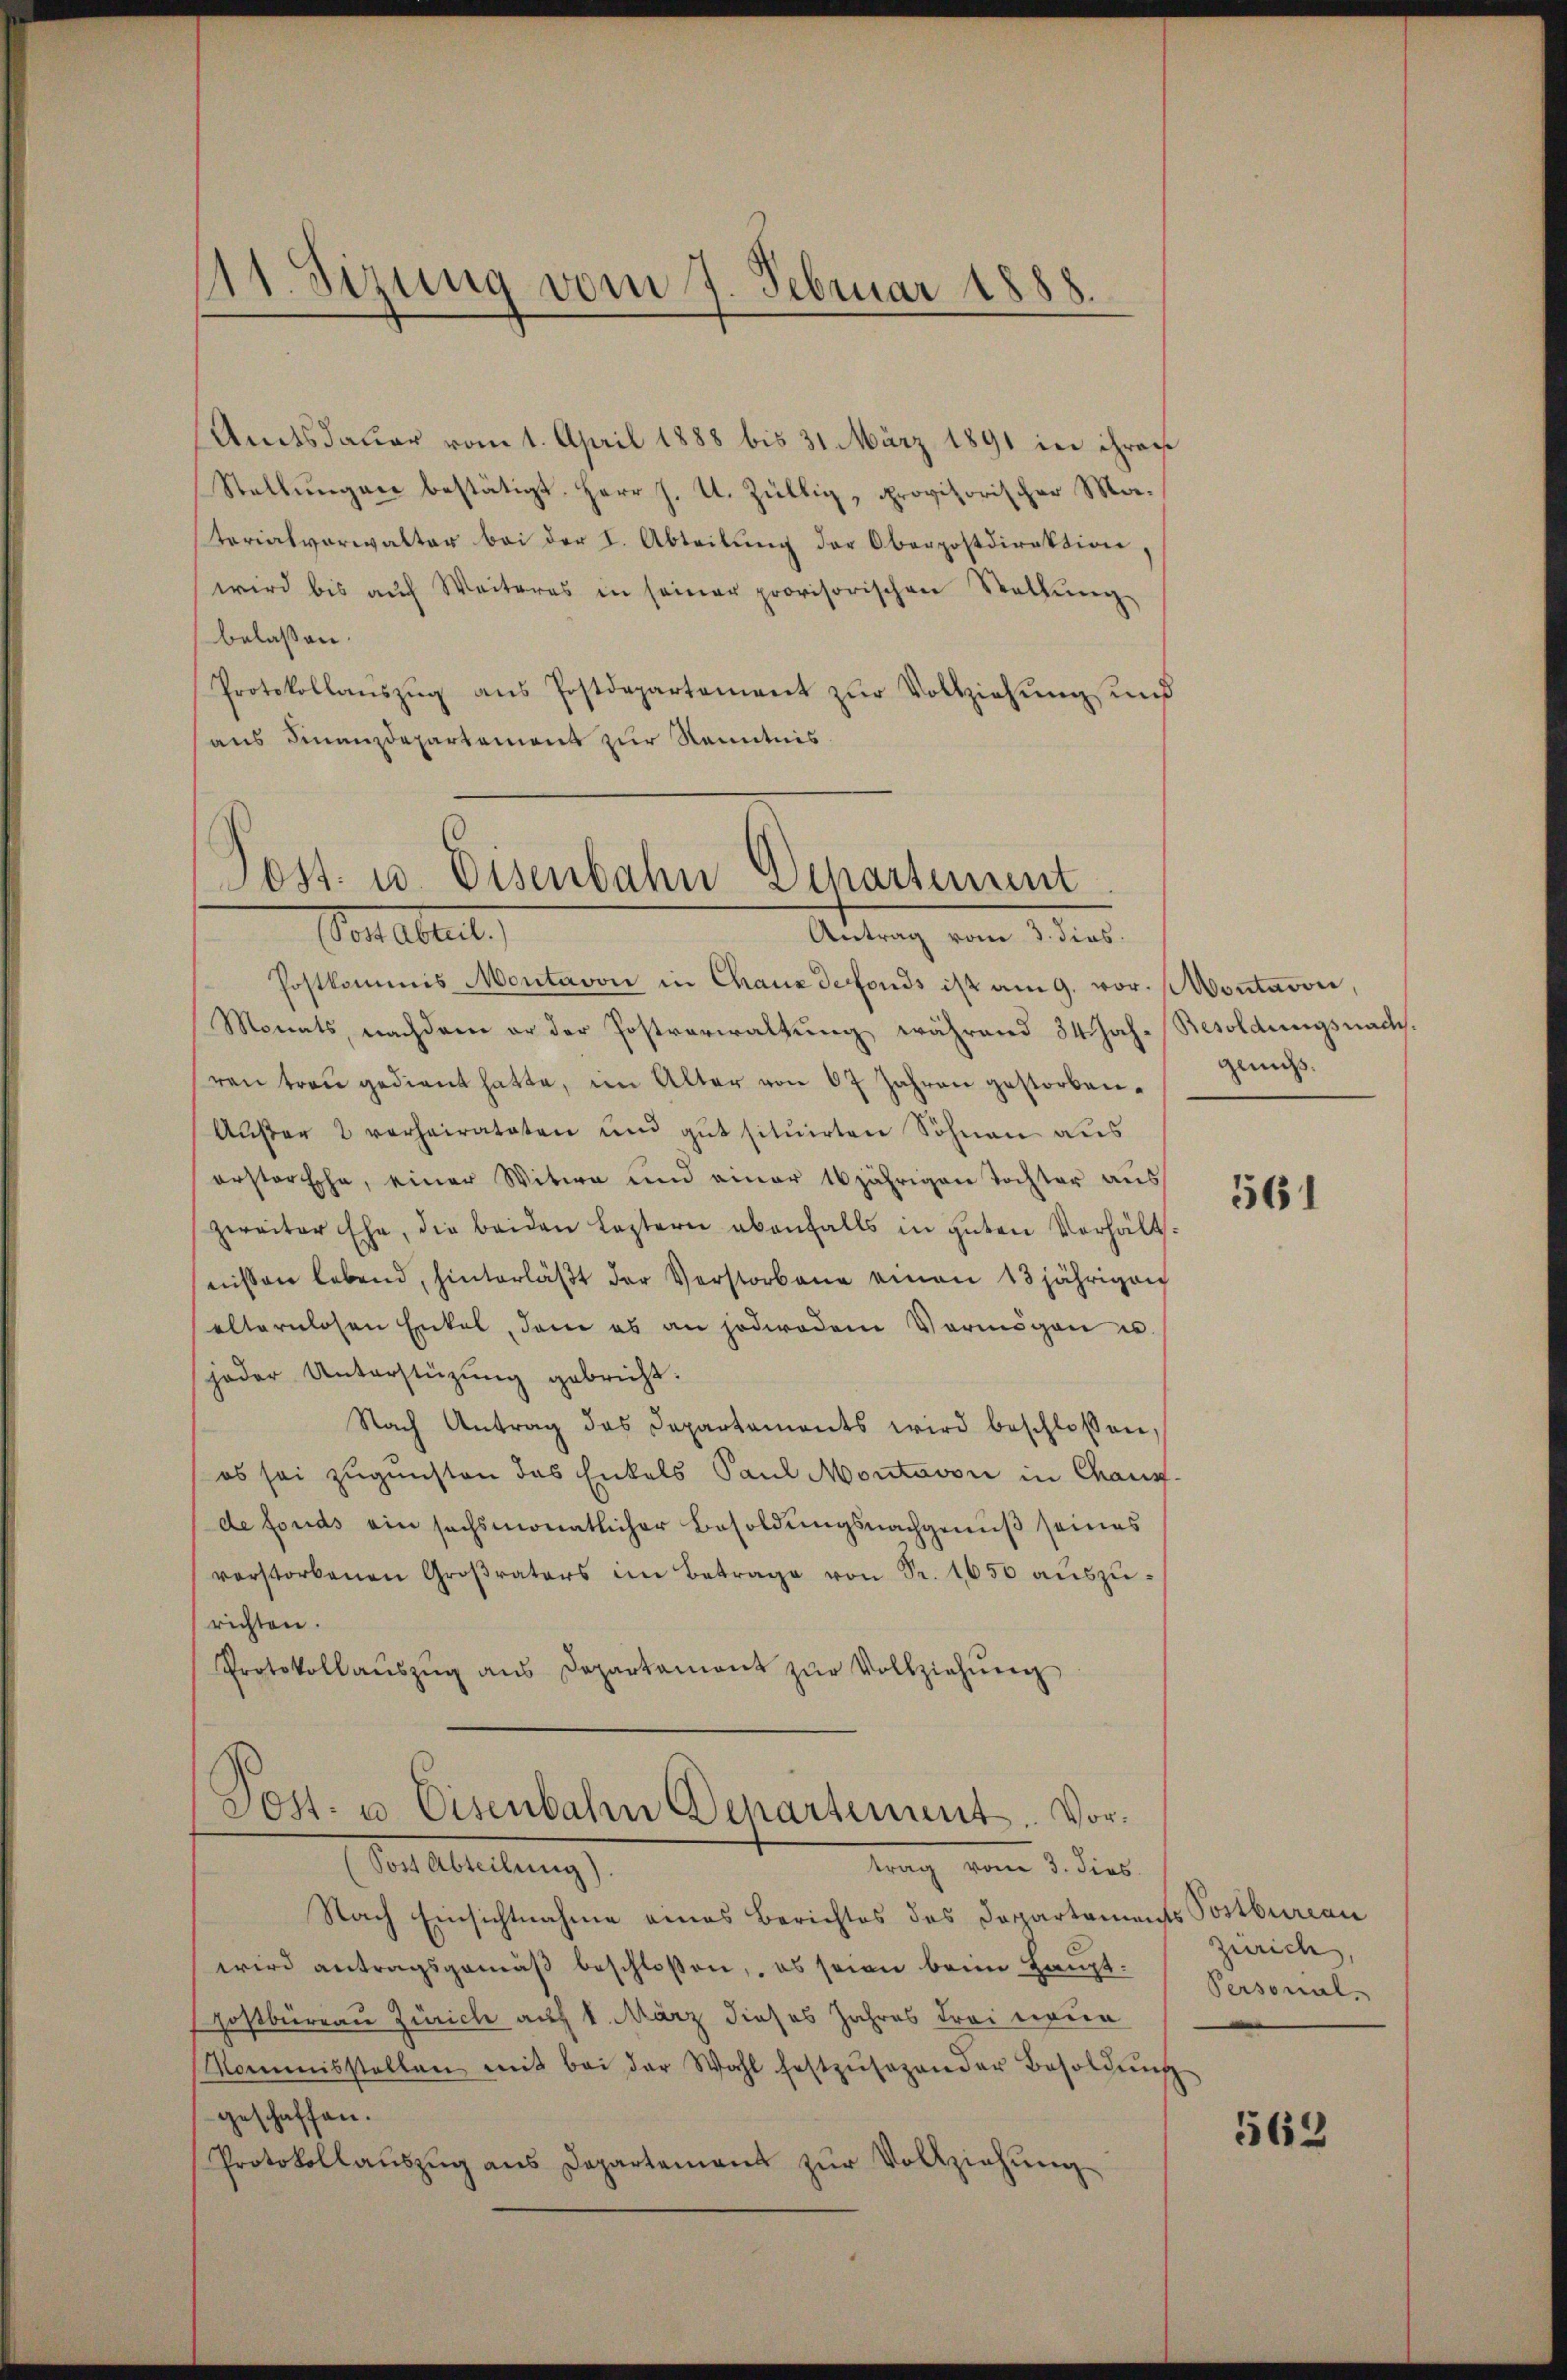
11. Sizung vom 7. Februar 1888.

Amtsdauer vom 1. April 1888 bis 31. März 1891 in ihrer
Stellŭngen bestätigt. Herr J. U. Züllig, provisorischer Materialverwalter bei der I. Abteilung der Oberpostdirektion,
wird bis aŭf Weiteres in seiner provisorischen Stellŭng
belassen.
Protokollaŭszŭg ans Postdepartement zŭr Vollziehŭng und
aus Finanzdepartement zur Kenntnis

Post. u. Eisenbahn Departement
Senatent,
Antrag vom 3. dies

Postkommis Montavon in Chaux defonds ist am 9. vor. Montavon,
Monats, nachdem er der Postverwaltung während 34 Jah- Besoldungsnach,
ren trau gedient hatte, im Alter von 67 Jahren gestorben¬
Außer 2 verheirateten und gut situirten Sohnen aus
erstorfcha, einer Witwe und einer 10jährigen Tochter aus
zweiter Ehe, die beiden leztern ebenfalls in gŭten Verhält-
nissen lebend, hinterläβt der Verstorbene einen 13 jährigen
alternlosen Enkel, den es an jederodem Vermögen un
jeder Unterstüzung gebricht.
Nach Antrag des Departements wird beschlossen,
es sei zugunsten das Enkels Paul Montavon in Chaux-
de fonds ein sechsmonatlicher Besoldungsnachgenuß seines
verstorbenen Großraters im Betrage von Sr. 1650 auszurichten.
Protokollaŭszŭg ans Departament zŭr Vollziehŭng
Post. u Eisenbahn Departement. Vor¬
Sost Abteilung).
trag vom 3. dies
Nach Einsichtnahme eines Berichtes des Dappartements Postbureau
wird antragsgemäβ beschlossen, es seien beim Haupthostbureau Zürich auf 1. März dieses Jahres drei neue
Mommisstellen mit bei der Wahl festzŭsezender Besoldŭng
geschaffen.
Protokollauszug aus Departement zur Vollziehung

genuß.

Zürich,
Personal-

561

562